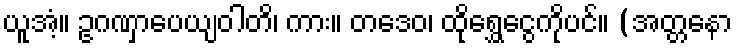
ယူအံ့။ ဥဂဏှာပေယျဝါတိ၊ ကား။ တဒေဝ၊ ထိုရွှေငွေကိုပင်။ (အတ္တနော